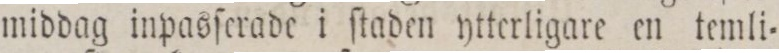
middag inpasſerade i ſtaden ytterligare en temli=